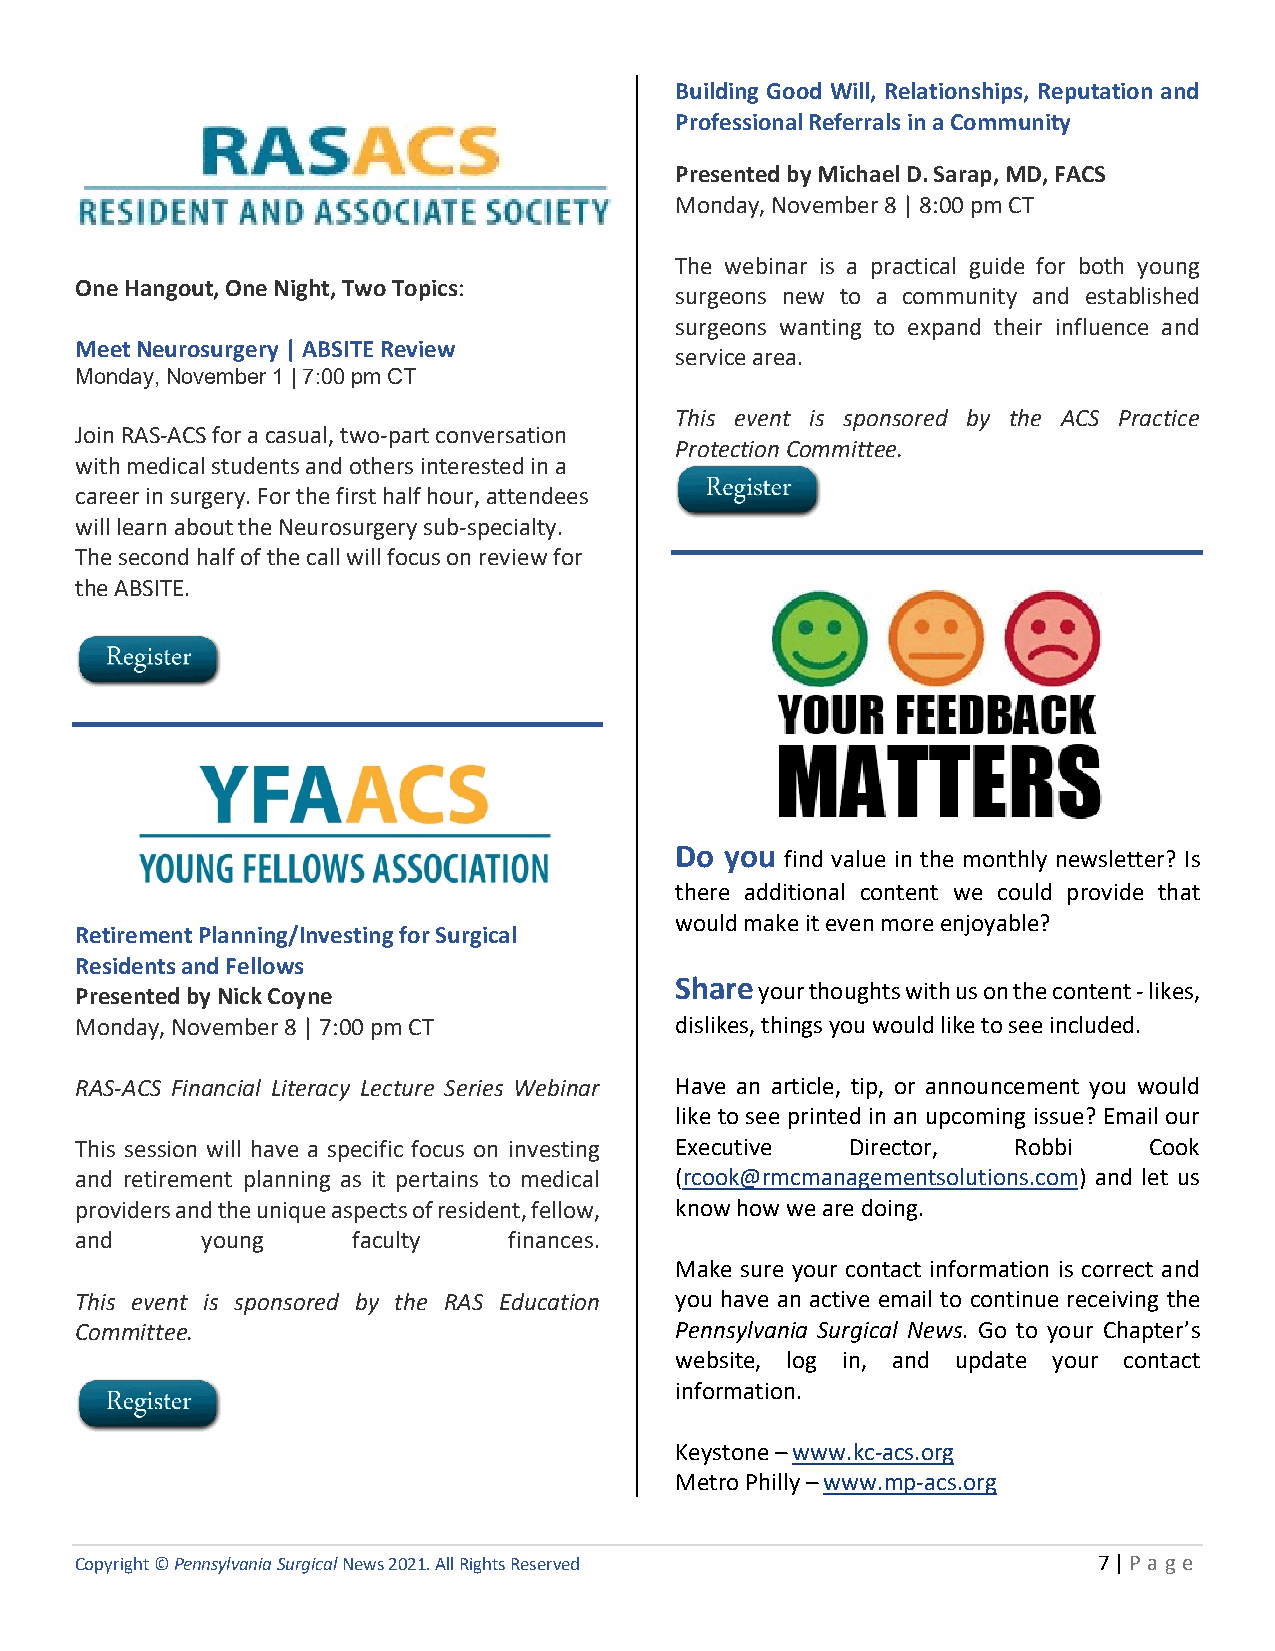
Building Good Will, Relationships, Reputation and
 Professional Referrals in a Community
 Presented by Michael D. Sarap, MD, FACS
 Monday, November 8 | 8:00 pm CT
 The webinar is a practical guide for both young
 One Hangout, One Night, Two Topics:
 surgeons new to a community and established
 surgeons wanting to expand their influence and
 Meet Neurosurgery | ABSITE Review
 service area.
 Monday, November 1 | 7:00 pm CT
 This event is sponsored by the ACS Practice
 Join RAS-ACS for a casual, two-part conversation
 Protection Committee.
 with medical students and others interested in a
 career in surgery. For the first half hour, attendees
 will learn about the Neurosurgery sub-specialty.
 The second half of the call will focus on review for
 the ABSITE.
 Do you find value in the monthly newsletter? Is
 there additional content we could provide that
 would make it even more enjoyable?
 Retirement Planning/Investing for Surgical
 Residents and Fellows
 Presented by Nick Coyne                 Share your thoughts with us on the content - likes,
 Monday, November 8 | 7:00 pm CT         dislikes, things you would like to see included.
 RAS-ACS Financial Literacy Lecture Series Webinar Have an article, tip, or announcement you would
 like to see printed in an upcoming issue? Email our
 This session will have a specific focus on investing Executive Director, Robbi Cook
 and retirement planning as it pertains to medical (rcook@rmcmanagementsolutions.com) and let us
 providers and the unique aspects of resident, fellow, know how we are doing.
 and     young     faculty    finances.
 Make sure your contact information is correct and
 This event is sponsored by the RAS Education you have an active email to continue receiving the
 Committee.                              Pennsylvania Surgical News. Go to your Chapter’s
 website, log in, and update your contact
 information.
 Keystone – www.kc-acs.org
 Metro Philly – www.mp-acs.org
 Copyright © Pennsylvania Surgical News 2021. All Rights Reserved    7 | P a ge